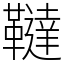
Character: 韃